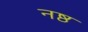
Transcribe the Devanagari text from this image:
नष्ठ